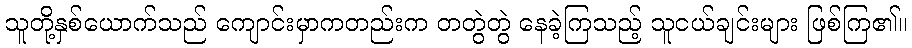
သူတို့နှစ်ယောက်သည် ကျောင်းမှာကတည်းက တတွဲတွဲ နေခဲ့ကြသည့် သူငယ်ချင်းများ ဖြစ်ကြ၏။